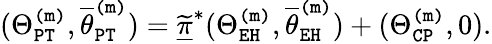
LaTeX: (\Theta_{\mathtt{PT}}^{\mathtt{(m)}},\overline{{\theta}}_{\mathtt{PT}}^{\mathtt{(m)}})=\underline{{\widetilde{\pi}}}^{*}(\Theta_{\mathtt{EH}}^{\mathtt{(m)}},\overline{{\theta}}_{\mathtt{EH}}^{\mathtt{(m)}})+(\Theta_{\mathtt{CP}}^{\mathtt{(m)}},0).